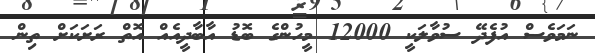
ނަމަވެސް އުފެދޭ ސުވާލަކީ 12000 މީހުންގެ ބޮޑު އާބާދީއެއް އޮތް ރަށަކަށް ތިން